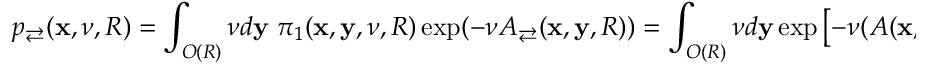
p _ { \rightleftarrows } ( \mathbf x , \nu , R ) = \int _ { O ( R ) } \nu d \mathbf y \; \pi _ { 1 } ( \mathbf x , \mathbf y , \nu , R ) \exp ( - \nu A _ { \rightleftarrows } ( \mathbf x , \mathbf y , R ) ) = \int _ { O ( R ) } \nu d \mathbf y \exp \left[ - \nu ( A ( \mathbf x , \mathbf y , R ) + A _ { \rightleftarrows } ( \mathbf x , \mathbf y , R ) ) \right]